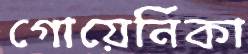
গোয়ের্নিকা